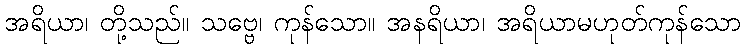
အရိယာ၊ တို့သည်။ သဗ္ဗေ၊ ကုန်သော။ အနရိယာ၊ အရိယာမဟုတ်ကုန်သော